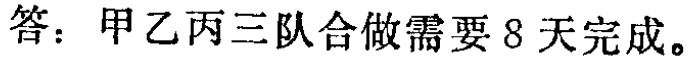
答：甲乙丙三队合做需要 8 天完成。